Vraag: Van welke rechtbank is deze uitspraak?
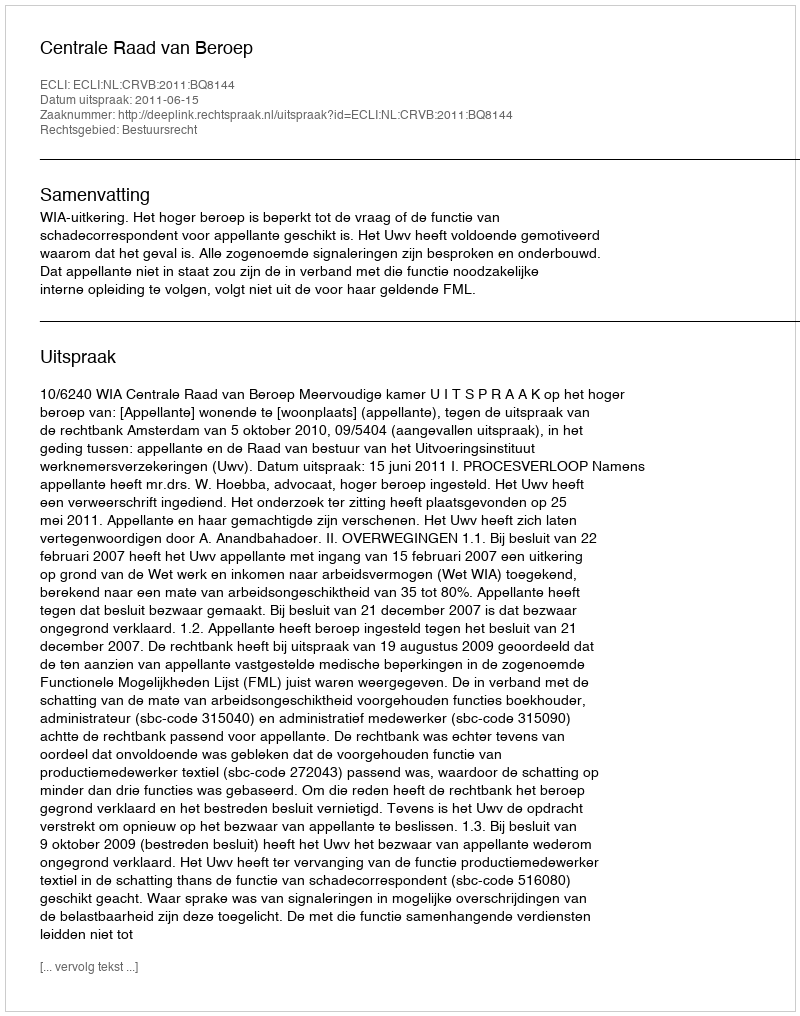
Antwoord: Centrale Raad van Beroep